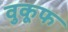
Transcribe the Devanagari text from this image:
वुकूफ